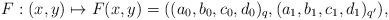
LaTeX: \begin{align*}F : (x,y) \mapsto F(x,y) = ((a_0,b_0,c_0,d_0)_q, (a_1,b_1,c_1,d_1)_{q'}),\end{align*}